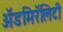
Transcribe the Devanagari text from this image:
ॲडमिरॅलिटी